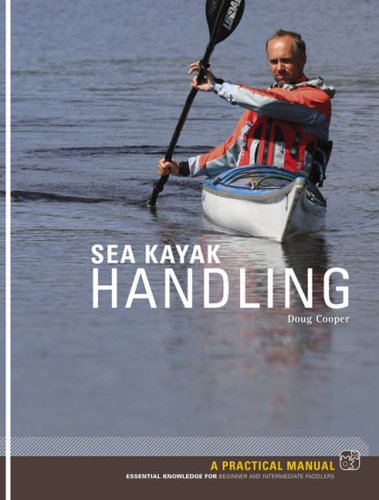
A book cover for Sea Kayak Handling: A Practical Manual, Essential Knowledge for Beginner and Intermediate Paddlers; Doug Cooper; Sports & Outdoors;